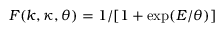
F ( k , \kappa , \theta ) = 1 / [ 1 + \exp ( E / \theta ) ]